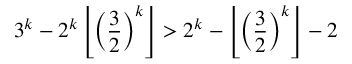
3 ^ { k } - 2 ^ { k } \left\lfloor \left( { \frac { 3 } { 2 } } \right) ^ { k } \right\rfloor > 2 ^ { k } - \left\lfloor \left( { \frac { 3 } { 2 } } \right) ^ { k } \right\rfloor - 2